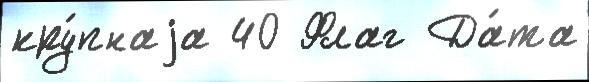
кру́пнаjа 40 Флаг Да́та